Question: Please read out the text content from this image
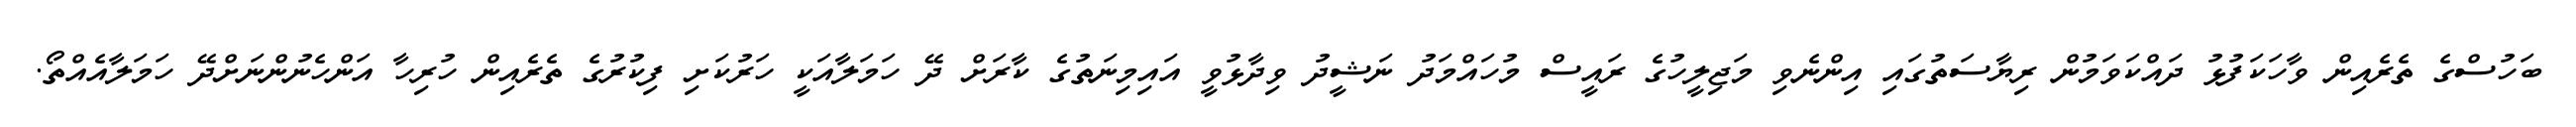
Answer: ބަހުސްގެ ތެރެއިން ވާހަކަފުޅު ދައްކަވަމުން ރިޔާސަތުގައި އިންނެވި މަޖިލީހުގެ ރައީސް މުހައްމަދު ނަޝީދު ވިދާޅުވީ އައިމިނަތުގެ ކާރަށް ދޭ ހަމަލާއަކީ ހަރުކަށި ފިކުރުގެ ތެރެއިން ހުރިހާ އަންހެނުންނަށްދޭ ހަމަލާއެއްތޯ.